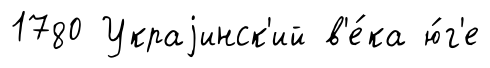
1780 Украjинск'ий в'е́ка ю́г'е